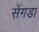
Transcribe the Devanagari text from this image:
सेंगडा